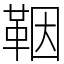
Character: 鞇